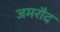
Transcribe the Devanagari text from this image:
जमरौद